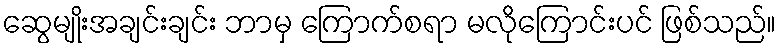
ဆွေမျိုးအချင်းချင်း ဘာမှ ကြောက်စရာ မလိုကြောင်းပင် ဖြစ်သည်။